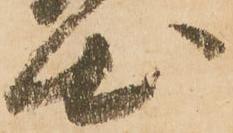
出